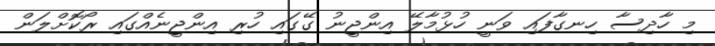
މި ހާދިސާ ހިނގާފައި ވަނީ ހުޅުމާލޭ އިންޖީނު ގޭގައި ހުރި އިންޖީނެއްގައި ރޯކޮށްލަން